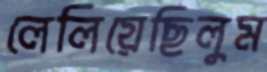
লেলিয়েছিলুম